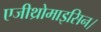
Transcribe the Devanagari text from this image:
एजीथ्रोमाइसिन।